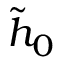
\tilde { h } _ { 0 }